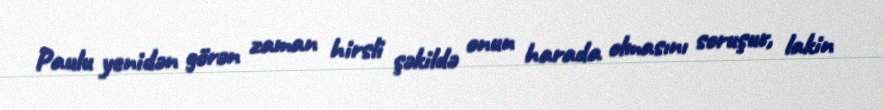
Paulu yenidən görən zaman hirsli şəkildə onun harada olmasını soruşur, lakin